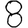
Digit: 8